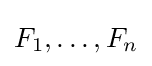
F_{1},\dots ,F_{n}